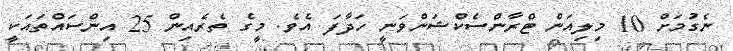
ނެގުމަށް 10 މިލިއަން ޓްރާންސެކްޝަންވަނީ ހަދާފަ އެވެ. މީގެ ތެރެއިން 25 އިންސައްތައަކީ